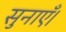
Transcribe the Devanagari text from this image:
सुनाएँ।